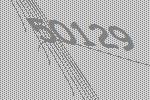
50129